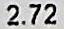
2.72